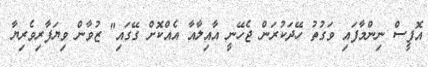
އޮފީސް ނިންމާފައި ވަގުތު ހޭދަކުރަން ޖެހޭނީ އާއިލާއާ އެއްކޮށް ގޭގައި" ޒުވާން ވިޔަފާރިވެރިޔާ